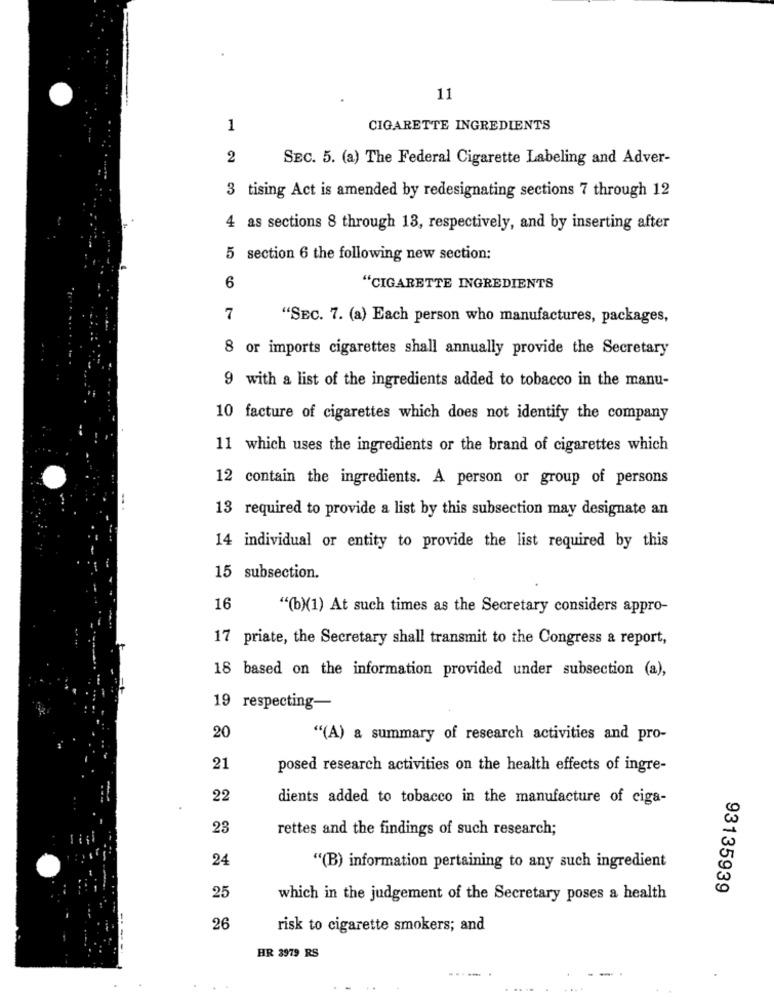
11
1
CIGARETTE INGREDIENTS
2
SEC. 5. (a) The Federal Cigarette Labeling and Adver-
3 tising Act is amended by redesignating sections 7 through 12
4 as sections 8 through 13, respectively, and by inserting after
5 section 6 the following new section:
6
"CIGARETTE INGREDIENTS
7
"SEC. 7. (a) Each person who manufactures, packages,
8 or imports cigarettes shall annually provide the Secretary
9 with a list of the ingredients added to tobacco in the manu-
10 facture of cigarettes which does not identify the company
11 which uses the ingredients or the brand of cigarettes which
12 contain the ingredients. A person or group of persons
13 required to provide a list by this subsection may designate an
14 individual or entity to provide the list required by this
15 subsection.
16
"(b)(1) At such times as the Secretary considers appro-
17 priate, the Secretary shall transmit to the Congress a report,
18 based on the information provided under subsection (a),
19 respecting-
20
"(A) a summary of research activities and pro-
21
posed research activities on the health effects of ingre-
22
dients added to tobacco in the manufacture of ciga-
23
rettes and the findings of such research;
24
"(B) information pertaining to any such ingredient
25
93135939
which in the judgement of the Secretary poses a health
26
risk to cigarette smokers; and
HR 3979 RS
... .